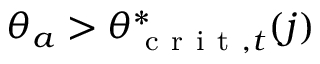
\theta _ { a } > \theta _ { \mathrm { ~ c ~ r ~ i ~ t ~ } , t } ^ { * } ( j )